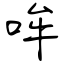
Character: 哞